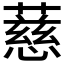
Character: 𬞧